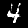
Digit: 4